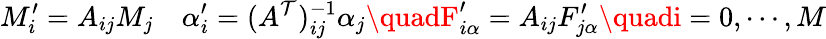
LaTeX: M_{i}^{\prime}=A_{ij}M_{j}\quad\alpha_{i}^{\prime}=(A^{\mathcal{T}})_{ij}^{-1}\alpha_{j}\quadF_{i\alpha}^{\prime}=A_{ij}F_{j\alpha}^{\prime}\quadi=0,\cdots,M